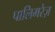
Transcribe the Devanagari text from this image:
पालिमरेज़